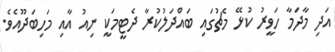
އަދި މާދަމާ ހަވީރު ކުޅޭ މެޗުގައި ބައްދަލުކުރާ ދެޓީމަކީ ނިއު އާއި މަހިބަދޫއެވެ.